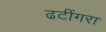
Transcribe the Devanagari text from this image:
ढटींगरा